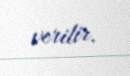
verilir.